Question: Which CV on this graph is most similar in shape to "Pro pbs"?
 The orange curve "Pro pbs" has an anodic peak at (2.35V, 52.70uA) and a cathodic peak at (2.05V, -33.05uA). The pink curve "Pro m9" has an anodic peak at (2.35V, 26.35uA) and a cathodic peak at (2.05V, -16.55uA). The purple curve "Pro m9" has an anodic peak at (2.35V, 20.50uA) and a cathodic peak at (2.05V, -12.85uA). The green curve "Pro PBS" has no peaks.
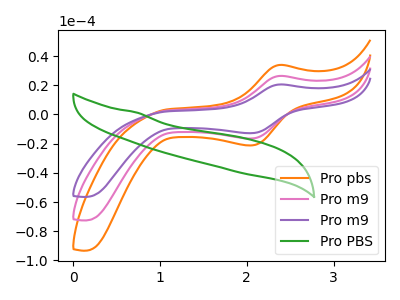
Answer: <think>All the peaks in "Pro pbs" have a peak in "Pro m9" at the same potential. Every peak in "Pro pbs" is higher than every peak in "Pro m9". All the peaks in "Pro pbs" have a peak in "Pro m9" at the same potential. Every peak in "Pro pbs" is higher than every peak in "Pro m9". "Pro pbs" and "Pro PBS" have a different number of peaks. All the peaks in "Pro m9" have a peak in "Pro m9" at the same potential. Every peak in "Pro m9" is higher than every peak in "Pro m9". "Pro m9" and "Pro PBS" have a different number of peaks. "Pro m9" and "Pro PBS" have a different number of peaks.
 </think>
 <answer>"Pro pbs" and "Pro m9" have a similar shape to "Pro m9".</answer>
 <eval>"Pro pbs" "Pro m9"</eval>